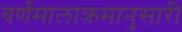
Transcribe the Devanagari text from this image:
वर्णमालाक्रमानुसारी